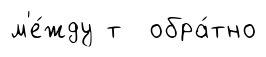
м'е́жду т обра́тно